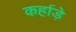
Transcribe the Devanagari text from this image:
कर्हाड़े